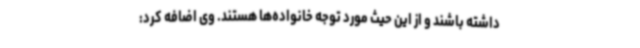
داشته باشند و از این حیث مورد توجه خانواده‌ها هستند. وی اضافه کرد: